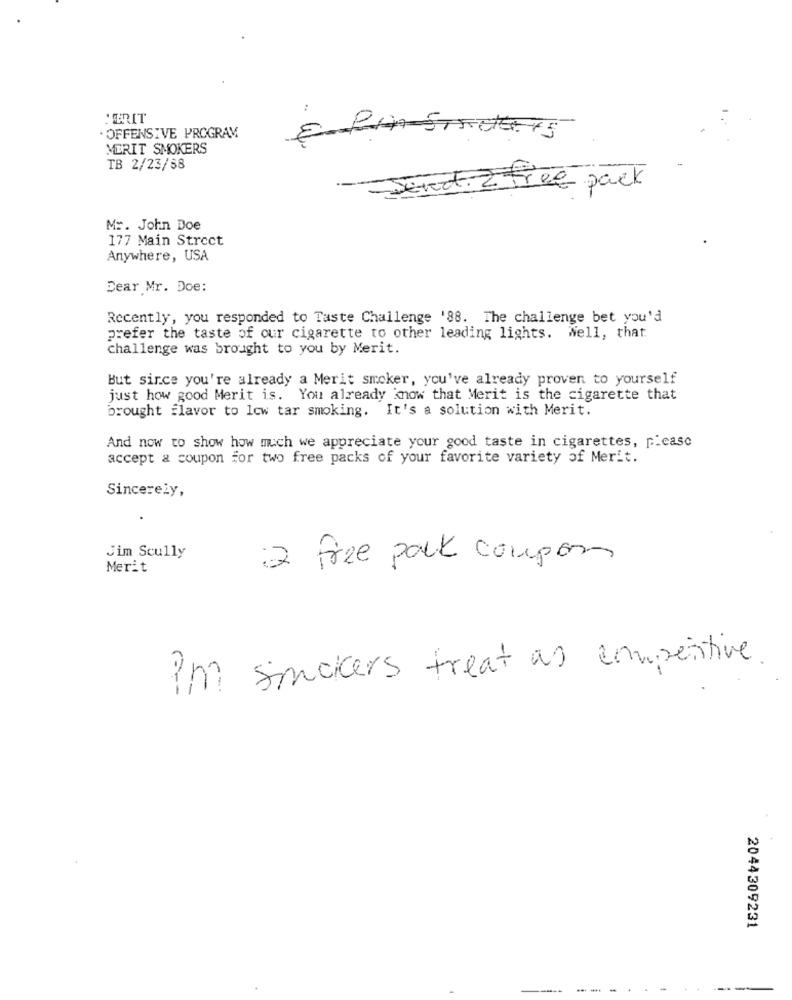
MERIT
. OFFENSIVE PROGRAM
MERIT SMOKERS
TB 2/23/88
Senest. 2 Free pack
Mr. John Doe
177 Main Strect
Anywhere, USA
Dear Mr. Doe:
Recently, you responded to Taste Challenge '88. The challenge bet you'd
prefer the taste of our cigarette to other leading lights. Well, that
challenge was brought to you by Merit.
But since you're already a Merit smoker, you've already proven to yourself
just how good Merit is. You already know that Merit is the cigarette that
brought flavor to 1cw tar smoking. It's a solution with Merit.
And now to show how much we appreciate your good taste in cigarettes, picasc
accept & coupon for two free packs of your favorite variety of Merit.
Sincerely,
Jim Scully
Merit
2 free pack coupon
im smokers treat as competitive.
2044309231
---